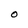
Character: O